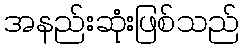
အနည်းဆုံးဖြစ်သည်